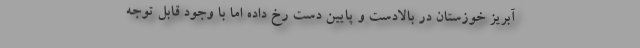
آبریز خوزستان در بالادست و پایین دست رخ داده اما با وجود قابل توجه